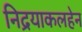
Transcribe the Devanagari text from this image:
निद्रयाकलहेन